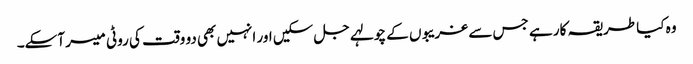
وہ کیا طریقہ کار ہے جس سے غریبوں کے چولہے جل سکیں اور انہیں بھی دو وقت کی روٹی میسر آسکے۔